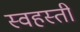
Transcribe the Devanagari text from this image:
स्वहस्ती